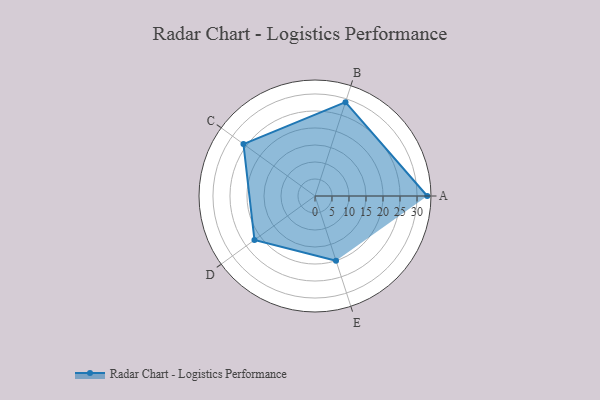
{"axis": {"x": "Skill", "y": "Score"}, "legend": ["Profile"], "data": [{"x": "A", "y": 33.0, "type": "Profile"}, {"x": "B", "y": 29.0, "type": "Profile"}, {"x": "C", "y": 26.0, "type": "Profile"}, {"x": "D", "y": 22.0, "type": "Profile"}, {"x": "E", "y": 20, "type": "Profile"}]}